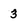
Character: 3